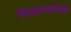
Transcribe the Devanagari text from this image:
मिळाल्यानेही